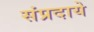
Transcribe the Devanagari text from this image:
संप्रदाये